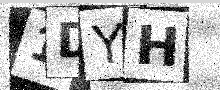
Text: 1DYH